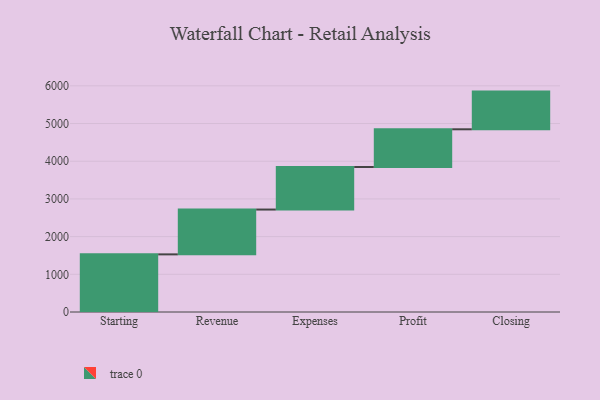
{"axis": {"x": "Step", "y": "Value"}, "legend": [""], "data": [{"x": "Starting", "y": 1529.0, "type": ""}, {"x": "Revenue", "y": 1189.0, "type": ""}, {"x": "Expenses", "y": 1129.0, "type": ""}, {"x": "Profit", "y": 1000, "type": ""}, {"x": "Closing", "y": 1000, "type": ""}]}